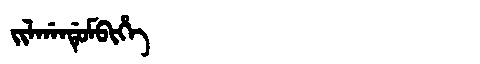
Manchu: ᠵᡳᠯᡤᠠᠨᡩᡠᠮᠪᡳᡥᡝ
Romanization: JILGANDUMBIHE